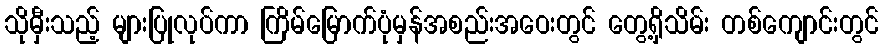
သိုမှီးသည့် များပြုလုပ်ကာ ကြိမ်မြောက်ပုံမှန်အစည်းအဝေးတွင် တွေ့ရှိသိမ်း တစ်ကျောင်းတွင်